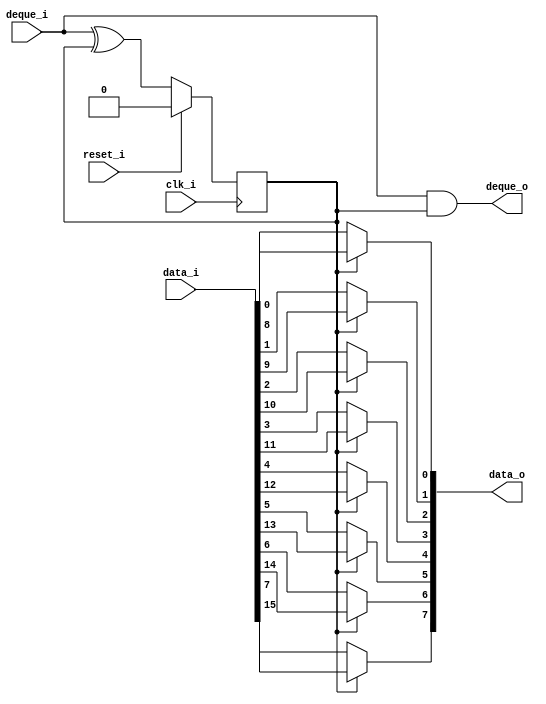
// This program was cloned from: https://github.com/chipsalliance/synlig
// License: Apache License 2.0

/* Generated by Yosys 0.27+9 (git sha1 101d19bb6, gcc 11.2.0-7ubuntu2 -fPIC -Os) */

(* top =  1  *)

module bsg_channel_narrow(clk_i, reset_i, data_i, deque_o, data_o, deque_i);
  
  input clk_i;
  wire clk_i;
  
  wire count_n;
  
  reg count_r;
  
  wire [7:0] \data[0] ;
  
  wire [7:0] \data[1] ;
  
  input [15:0] data_i;
  wire [15:0] data_i;
  
  output [7:0] data_o;
  wire [7:0] data_o;
  
  input deque_i;
  wire deque_i;
  
  output deque_o;
  wire deque_o;
  
  input reset_i;
  wire reset_i;
  assign data_o[0] = count_r ? data_i[8] : data_i[0];
  assign data_o[1] = count_r ? data_i[9] : data_i[1];
  assign data_o[2] = count_r ? data_i[10] : data_i[2];
  assign data_o[3] = count_r ? data_i[11] : data_i[3];
  assign data_o[4] = count_r ? data_i[12] : data_i[4];
  assign data_o[5] = count_r ? data_i[13] : data_i[5];
  assign data_o[6] = count_r ? data_i[14] : data_i[6];
  assign data_o[7] = count_r ? data_i[15] : data_i[7];
  assign count_n = deque_i ^ count_r;
  assign deque_o = deque_i & count_r;
  (* \always_ff  = 32'd1 *)
  
  always @(posedge clk_i)
    if (reset_i) count_r <= 1'h0;
    else count_r <= count_n;
  assign \data[0]  = data_i[7:0];
  assign \data[1]  = data_i[15:8];
endmodule